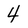
Character: 4